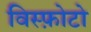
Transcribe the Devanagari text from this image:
विस्फ़ोटो